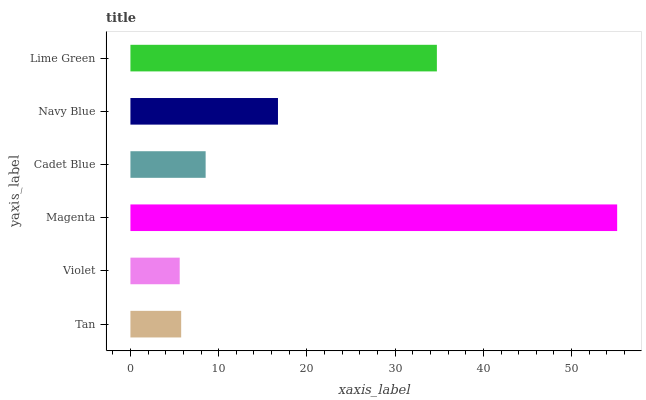
| yaxis_label | bars |
 | --- | --- |
 | Tan | 5.75 |
 | Violet | 5.59 |
 | Magenta | 55.2 |
 | Cadet Blue | 8.52 |
 | Navy Blue | 16.7 |
 | Lime Green | 34.7 |